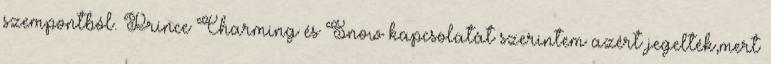
szempontból. Prince Charming és Snow kapcsolatát szerintem azért jegelték,mert